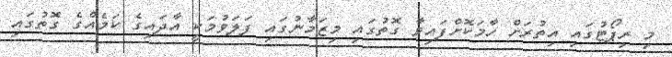
މި ރިޕޯޓުގައި އިތުރަށް ހާމަކޮށްފައިވާ ގޮތުގައި މިޒަމާނުގައި ފަލަވުމަކީ އާދައިގެ ކަމެއްގެ ގޮތުގައި